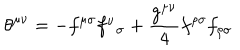
LaTeX: { \theta } ^ { { \mu } { \nu } } = - f ^ { { \mu } { \sigma } } f _ { \; \; { \sigma } } ^ { \nu } + \frac { g ^ { { \mu } { \nu } } } { 4 } f ^ { { \rho } { \sigma } } f _ { { \rho } { \sigma } }